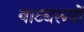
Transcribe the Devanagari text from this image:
नाट्यरूपों